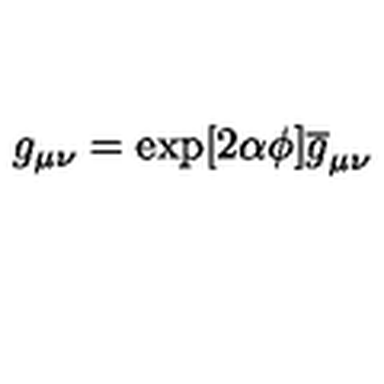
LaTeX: g _ { \mu \nu } = \exp [ 2 \alpha \phi ] \overline { { g } } _ { \mu \nu }